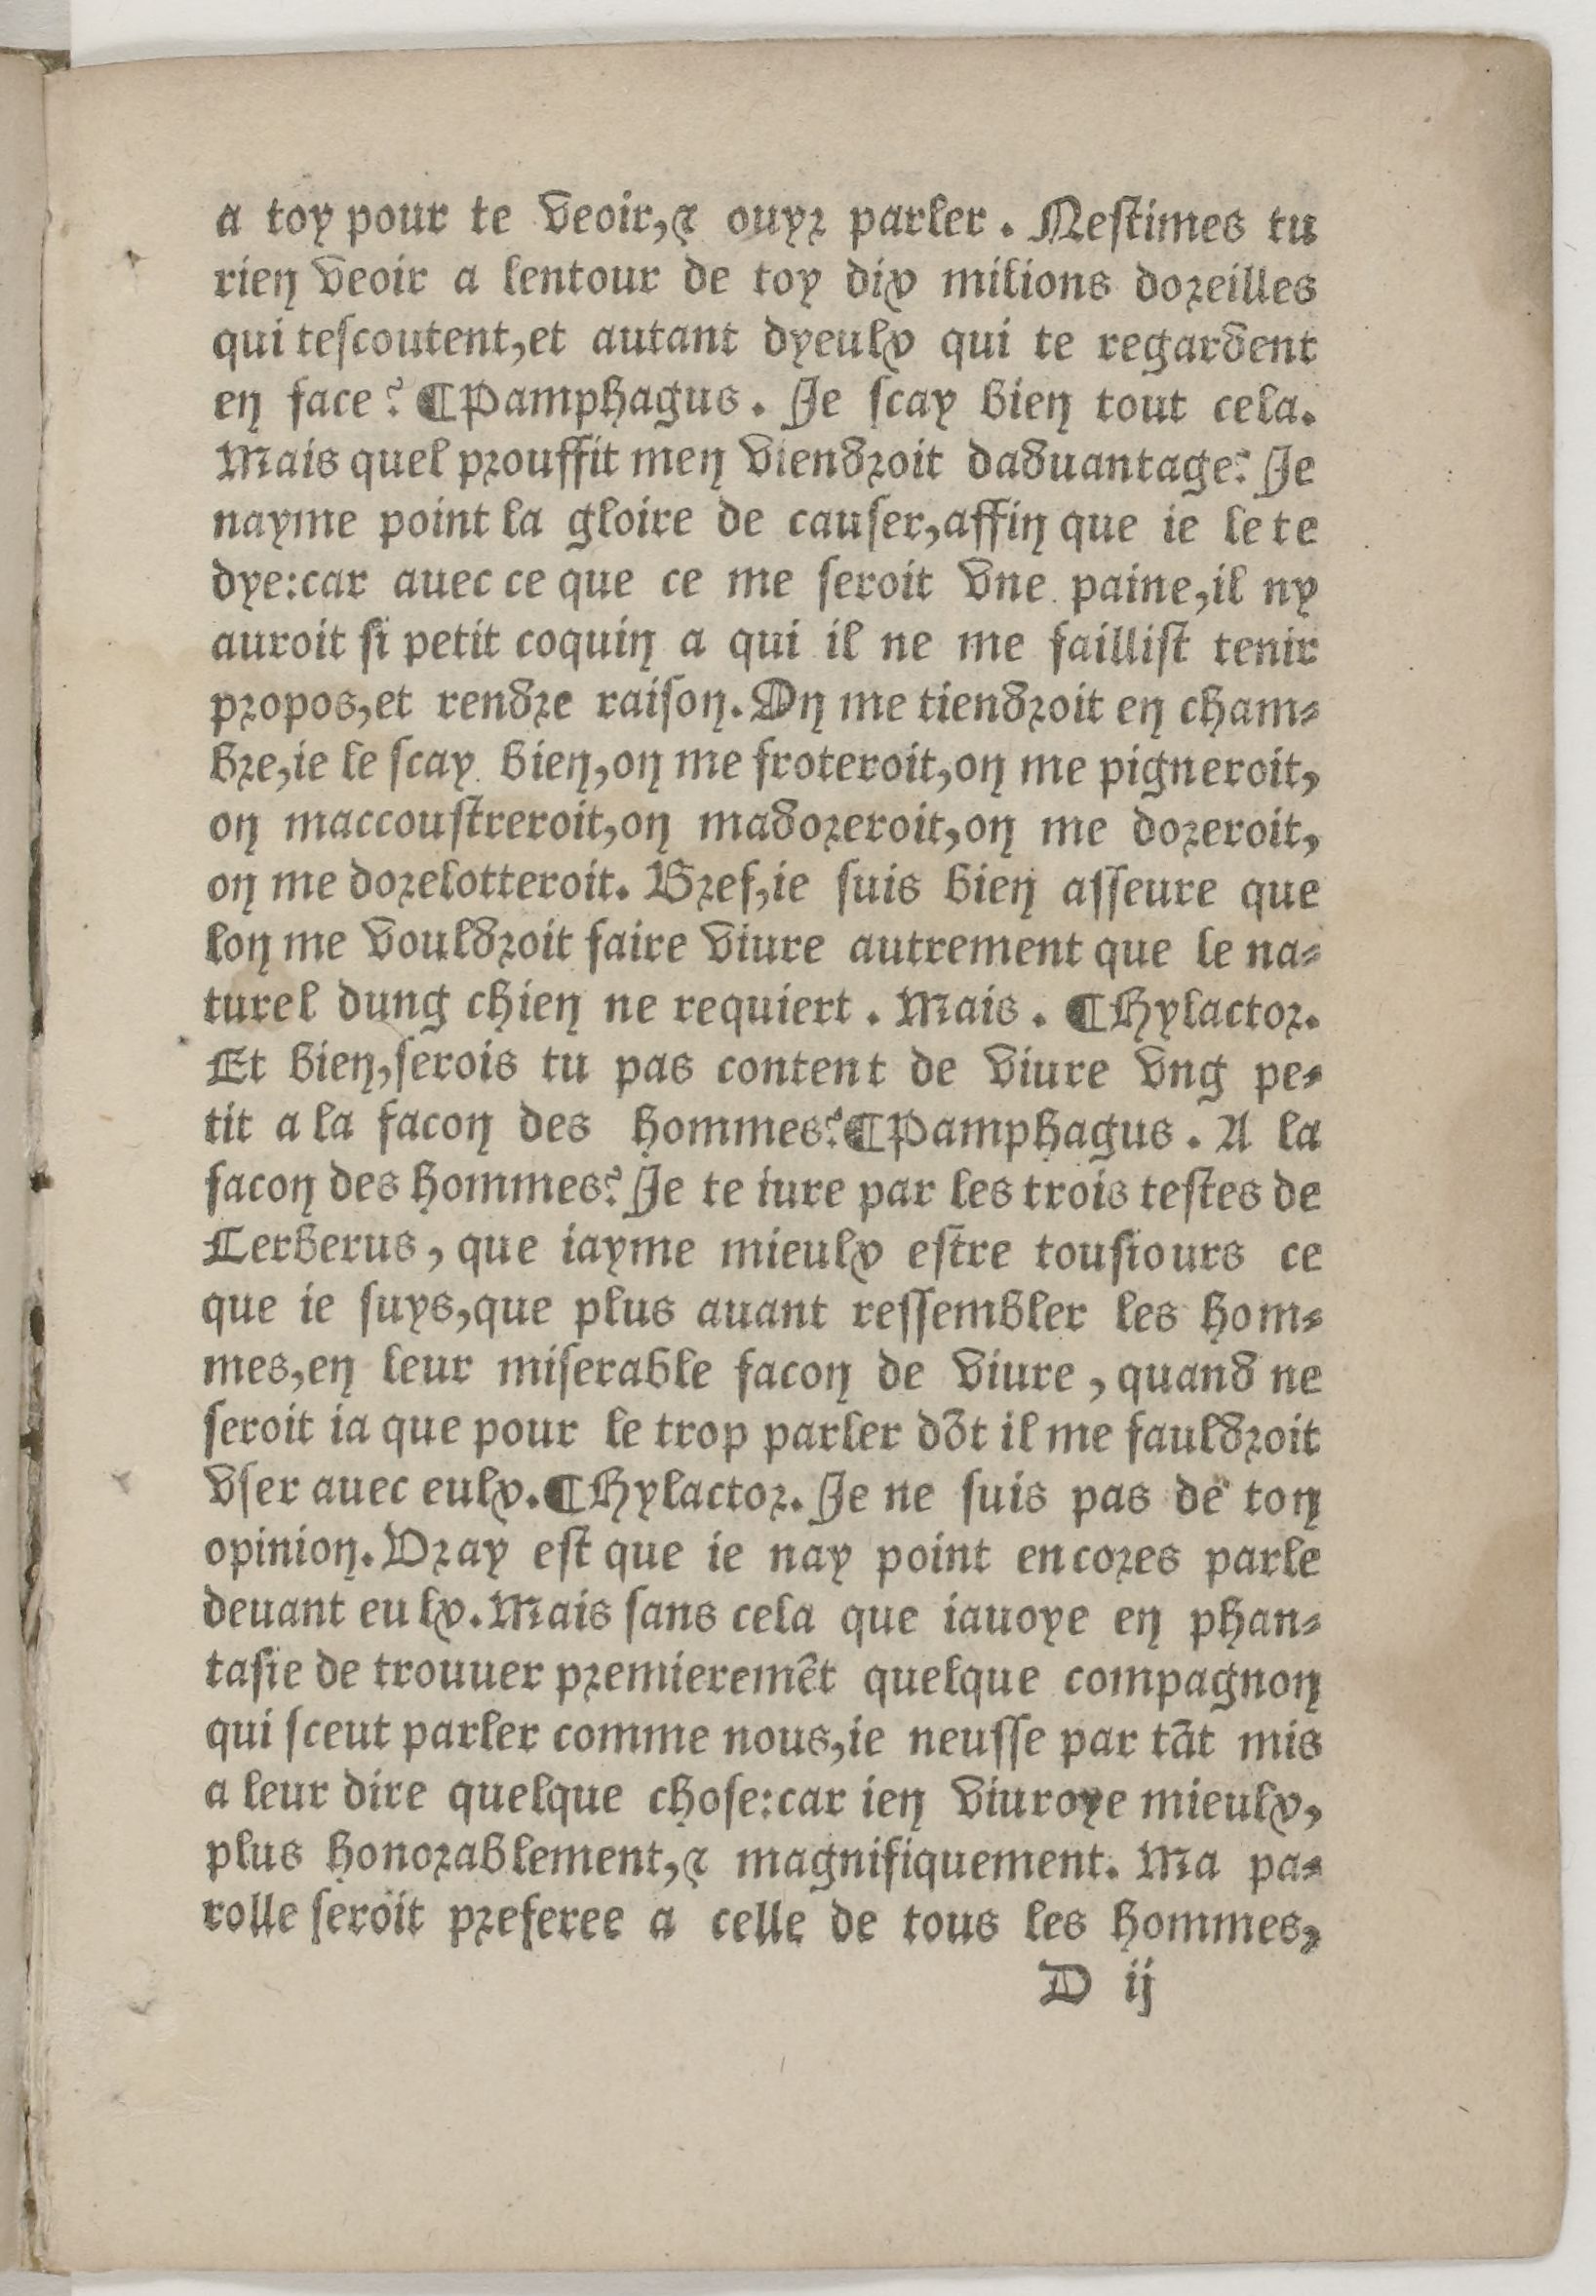
Shelfmark: Paris, BnF, Rés. Z-2442
Century: 16